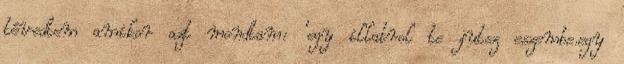
tévedtem amikor azt mondtam: 'egy illatrol te jutsz eszembe.egy